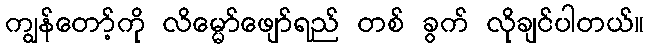
ကျွန်တော့်ကို လိမ္မော်ဖျော်ရည် တစ် ခွက် လိုချင်ပါတယ်။